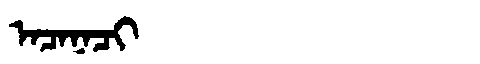
Manchu: ᠠᠴᠠᠨᠠᠴᡳ
Romanization: ACANACI